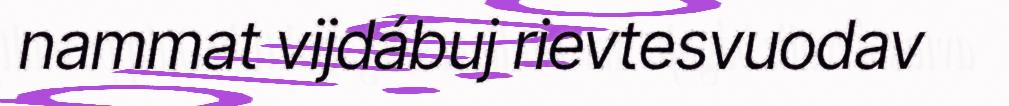
nammat vijdábuj rievtesvuodav